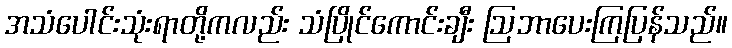
အသံပေါင်းသုံးရာတို့ကလည်း သံပြိုင်ကောင်းချီး ဩဘာပေးကြပြန်သည်။